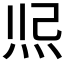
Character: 𤇐